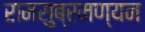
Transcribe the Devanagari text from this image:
रामसुब्रमण्यन